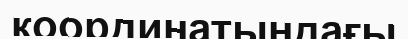
координатындағы